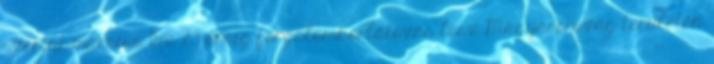
szerint március 15-e 23 óráig forgalomkorlátozás lesz Magyarország területén